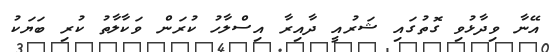
އޭނާ ވިދާޅުވި ގޮތުގައި ޝަރުއީ ދާއިރާ އިސްލާހު ކުރަން ވަކާާލާތު ކުރި ބަޔަކު